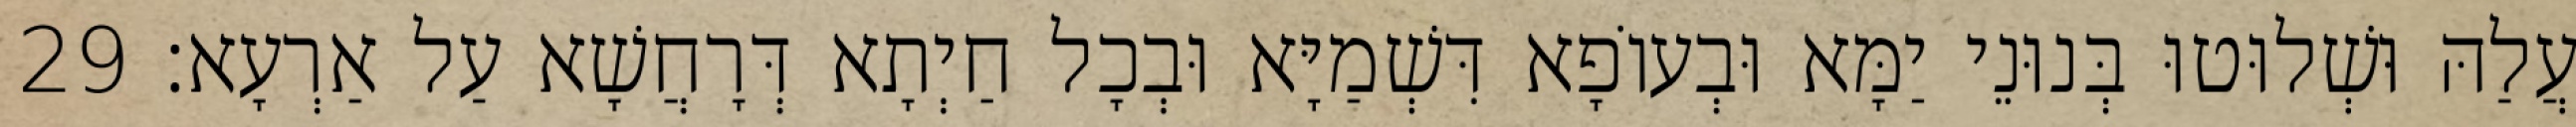
עֲלַהּ וּשְׁלוּטוּ בְּנוּנֵי יַמָּא וּבְעוֹפָא דִּשְׁמַיָּא וּבְכָל חַיְתָא דְּרָחֲשָׁא עַל אַרְעָא׃ 29